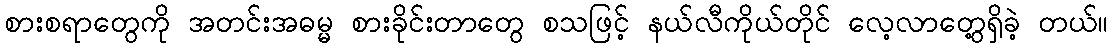
စားစရာတွေကို အတင်းအဓမ္မ စားခိုင်းတာတွေ စသဖြင့် နယ်လီကိုယ်တိုင် လေ့လာတွေ့ရှိခဲ့ တယ်။